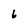
Character: 6